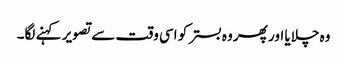
وہ چلایا اور پھر وہ بستر کو اسی وقت سے تصویر کہنے لگا۔